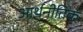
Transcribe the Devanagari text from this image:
आर्थनीतिक